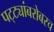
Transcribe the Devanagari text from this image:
पट्ट्यांबरोबरच